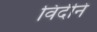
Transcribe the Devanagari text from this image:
विर्दीने